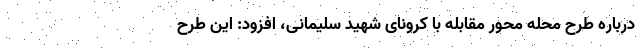
درباره طرح محله محور مقابله با کرونای شهید سلیمانی، افزود: این طرح